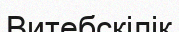
Витебскілік